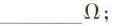
___Ω,